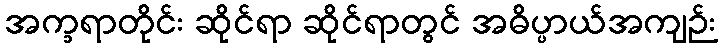
အက္ခရာတိုင်း ဆိုင်ရာ ဆိုင်ရာတွင် အဓိပ္ပာယ်အကျဉ်း